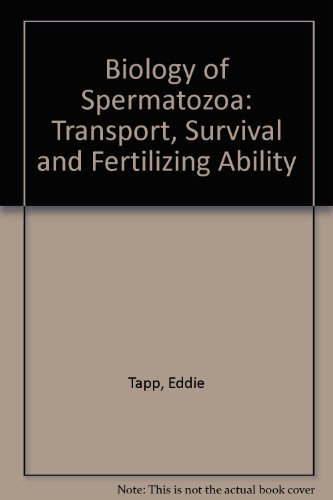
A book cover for The Biology of Spermatozoa: Nouzilly, November 1973; Medical Books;